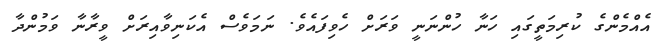
އެއްމެންގެ ކުރިމަތީގައި ހަނާ ހުންނަނީ ވަރަށް ހެވިފައެވެ. ނަމަވެސް އެކަނިވާއިރަށް ވީރާނާ ވަމުންދާ